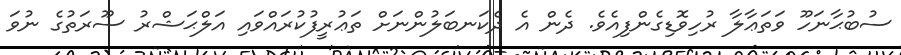
ސުބުޙާނަހޫ ވަތަޢާލާ ރުހިވޮޑިގެންފިއެވެ. ދެން އެ ދެކަނބަލުންނަށް ތަޢުރީފުކުރައްވައި އަލްޙަޝްރު ސޫރަތުގެ ނުވަ